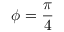
\phi = \frac { \pi } { 4 }